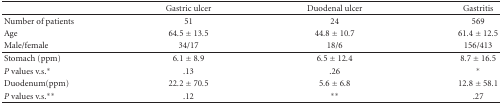
<table><thead><tr><td></td><td><b>Gastric ulcer</b></td><td><b>Duodenal ulcer</b></td><td><b>Gastritis</b></td></tr></thead><tbody><tr><td>Number of patients</td><td>51</td><td>24</td><td>569</td></tr><tr><td>Age</td><td>64.5 ± 13.5</td><td>44.8 ± 10.7</td><td>61.4 ± 12.5</td></tr><tr><td>Male/female</td><td>34/17</td><td>18/6</td><td>156/413</td></tr><tr><td>Stomach (ppm)</td><td>6.1 ± 8.9</td><td>6.5 ± 12.4</td><td>8.7 ± 16.5</td></tr><tr><td><i>P</i> values v.s.*</td><td>.13</td><td>.26</td><td>*</td></tr><tr><td>Duodenum(ppm)</td><td>22.2 ± 70.5</td><td>5.6 ± 6.8</td><td>12.8 ± 58.1</td></tr><tr><td><i>P</i> values v.s.**</td><td>.12</td><td>**</td><td>.27</td></tr></tbody></table>